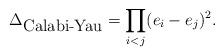
LaTeX: \begin{align*}\Delta_{\hbox {Calabi-Yau}}=\prod_{i<j}(e_i-e_j)^2.\end{align*}